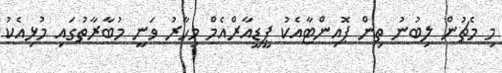
މި މެޗުން ލިބުނު ތިން ޕޮއިންޓާއެކު ޕީޑީއާރްއެމް މިހާރު ވަނީ މުބާރާތުގައި މުޅިއެކު